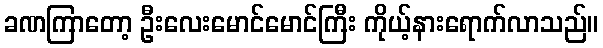
ခဏကြာတော့ ဦးလေးမောင်မောင်ကြီး ကိုယ့်နားရောက်လာသည်။